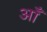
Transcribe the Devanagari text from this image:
ऑं